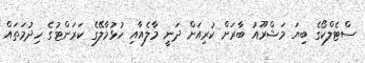
ސްޓެލްކޯގެ ބިޔަ މަޝްރޫއު ބާރަށް ކުރިއަށް ދަނީ މާލެއާއި ހުޅުމާލޭގެ ކަރަންޓުގެ ހިދުމަތައް